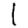
Digit: 1